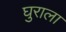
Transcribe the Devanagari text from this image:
घुराला